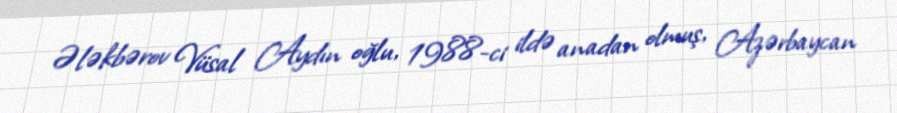
Ələkbərov Vüsal Aydın oğlu, 1988-ci ildə anadan olmuş, Azərbaycan